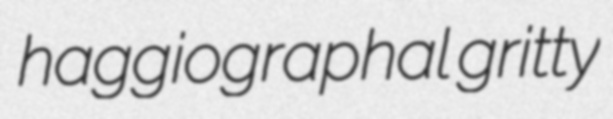
haggiographal gritty